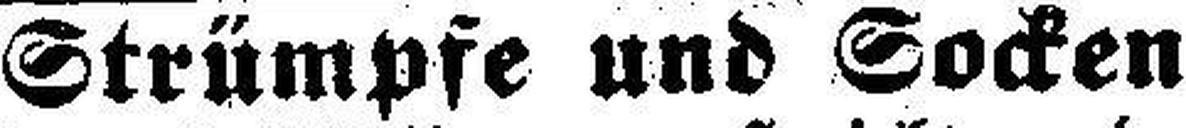
Strümpfe und Socken